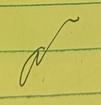
Signature authenticity: genuine